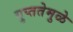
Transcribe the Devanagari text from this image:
गुप्ततेमुळे